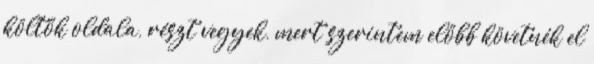
költők oldala, részt vegyek, mert szerintem előbb követnék el